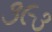
૩૯૩